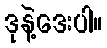
ဒုနဲ့ဒေးပါ။